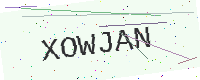
Text: XOWJAN